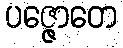
ပဇ္ဇောတေ